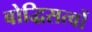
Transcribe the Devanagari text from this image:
बोद्धिसत्वों